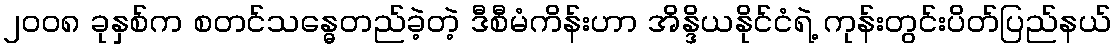
၂၀၀၈ ခုနှစ်က စတင်သန္ဓေတည်ခဲ့တဲ့ ဒီစီမံကိန်းဟာ အိန္ဒိယနိုင်ငံရဲ့ ကုန်းတွင်းပိတ်ပြည်နယ်